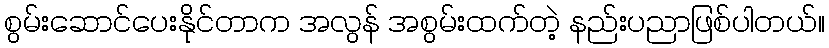
စွမ်းဆောင်ပေးနိုင်တာက အလွန် အစွမ်းထက်တဲ့ နည်းပညာဖြစ်ပါတယ်။